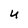
Character: U